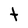
Character: t